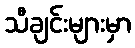
သီချင်းများမှာ